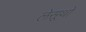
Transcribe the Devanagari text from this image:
लेसूथो